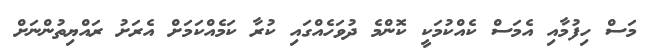
މަސް ހިފުމާއި އެމަސް ކެއްކުމަކީ ކޮންމެ ދުވަހެއްގައި ކުރާ ކަމެއްކަމަށް އެރަށު ރައްޔިތުންނަށް